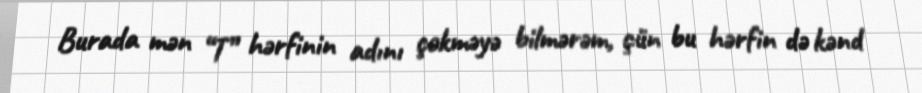
Burada mən “T” hərfinin adını çəkməyə bilmərəm, çün bu hərfin də kənd